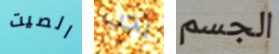
الصيت يجب الجسم